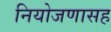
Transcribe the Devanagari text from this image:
नियोजणासह